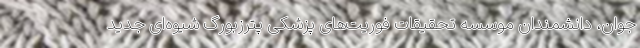
جوان، دانشمندان موسسه تحقیقات فوریت‌های پزشکی پترزبورگ شیوه‌ای جدید